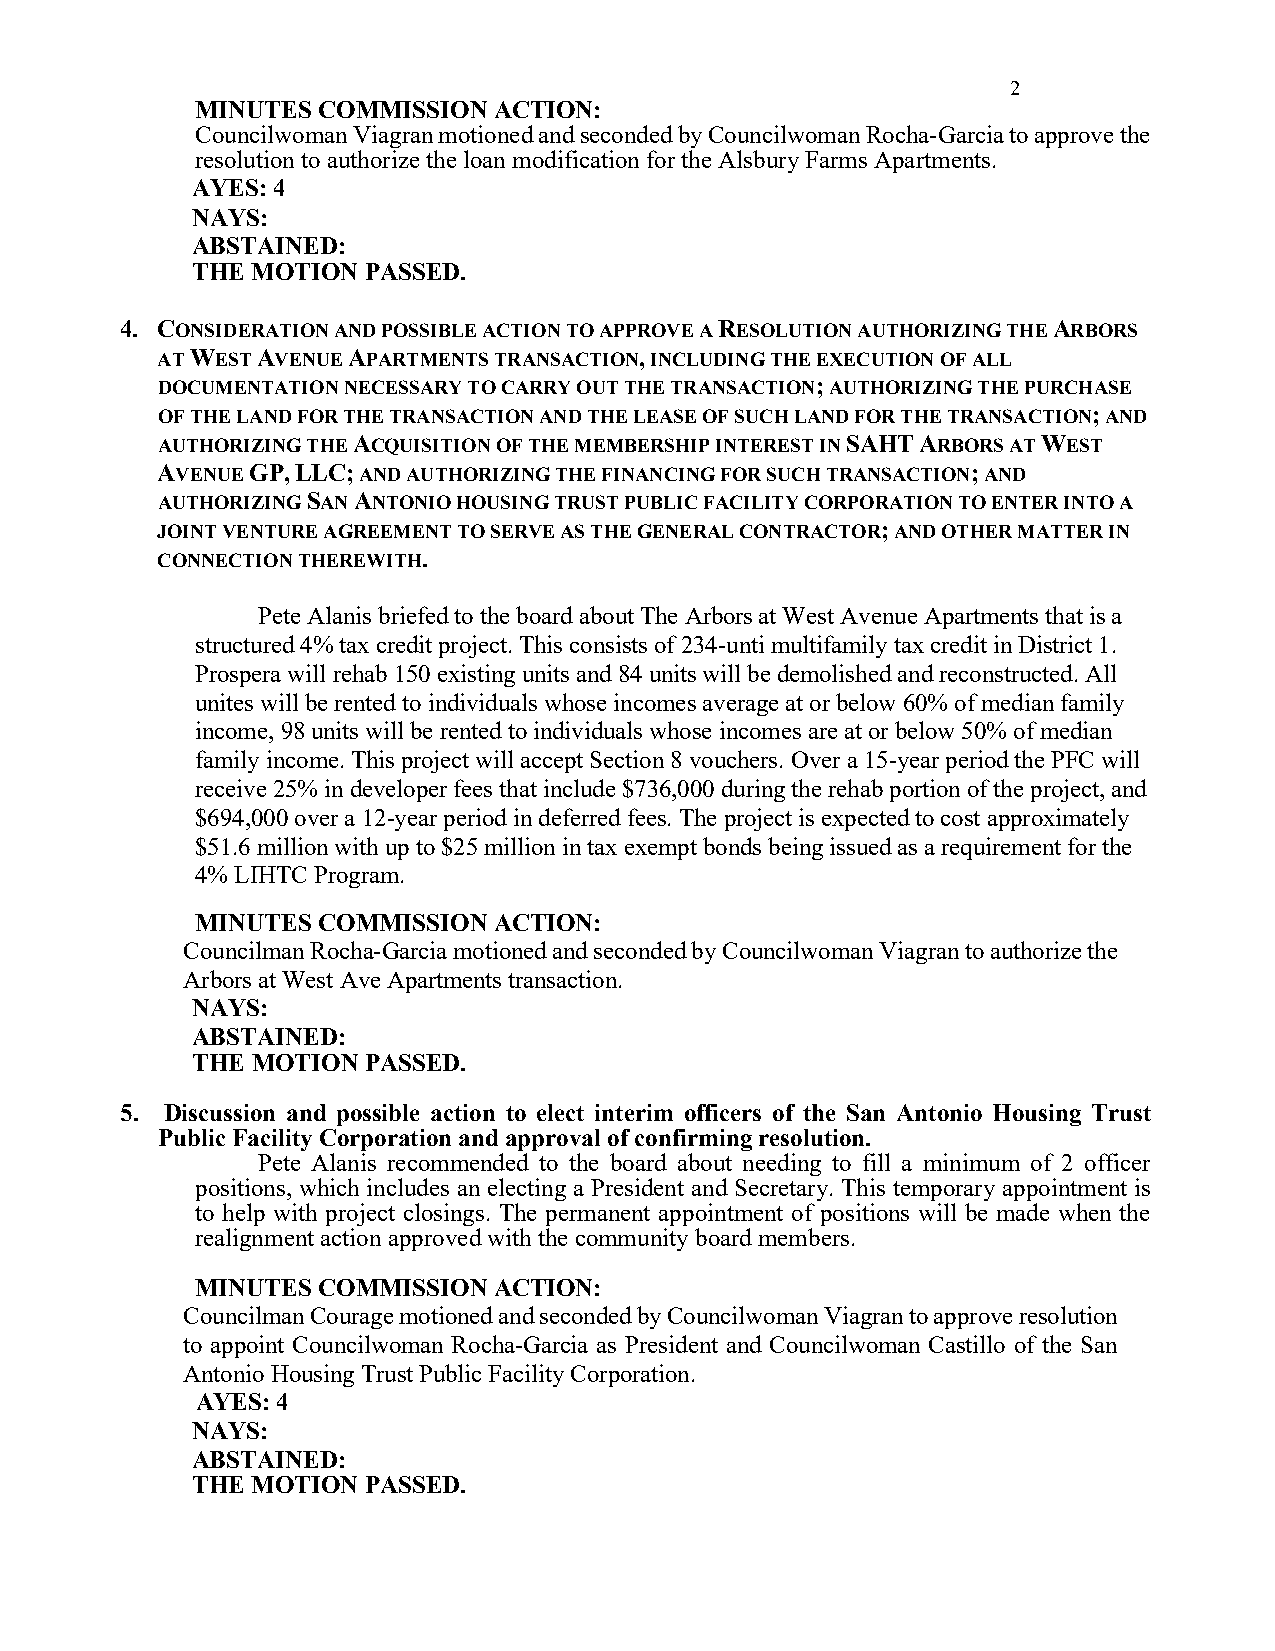
2
 MINUTES COMMISSION  ACTION:
 Councilwoman Viagran motioned and seconded by Councilwoman Rocha-Garcia to approve the
 resolution to authorize the loan modification for the Alsbury Farms Apartments.
 AYES: 4
 NAYS:
 ABSTAINED:
 THE MOTION PASSED.
 4. CONSIDERATION AND POSSIBLE ACTION TO APPROVE A RESOLUTION AUTHORIZING THE ARBORS
 AT WEST AVENUE APARTMENTS TRANSACTION, INCLUDING THE EXECUTION OF ALL
 DOCUMENTATION NECESSARY TO CARRY OUT THE TRANSACTION; AUTHORIZING THE PURCHASE
 OF THE LAND FOR THE TRANSACTION AND THE LEASE OF SUCH LAND FOR THE TRANSACTION; AND
 AUTHORIZING THE ACQUISITION OF THE MEMBERSHIP INTEREST IN SAHT ARBORS AT WEST
 AVENUE GP, LLC; AND AUTHORIZING THE FINANCING FOR SUCH TRANSACTION; AND
 AUTHORIZING SAN ANTONIO HOUSING TRUST PUBLIC FACILITY CORPORATION TO ENTER INTO A
 JOINT VENTURE AGREEMENT TO SERVE AS THE GENERAL CONTRACTOR; AND OTHER MATTER IN
 CONNECTION THEREWITH.
 Pete Alanis briefed to the board about The Arbors at West Avenue Apartments that is a
 structured 4% tax credit project. This consists of 234-unti multifamily tax credit in District 1.
 Prospera will rehab 150 existing units and 84 units will be demolished and reconstructed. All
 unites will be rented to individuals whose incomes average at or below 60% of median family
 income, 98 units will be rented to individuals whose incomes are at or below 50% of median
 family income. This project will accept Section 8 vouchers. Over a 15-year period the PFC will
 receive 25% in developer fees that include $736,000 during the rehab portion of the project, and
 $694,000 over a 12-year period in deferred fees. The project is expected to cost approximately
 $51.6 million with up to $25 million in tax exempt bonds being issued as a requirement for the
 4% LIHTC Program.
 MINUTES COMMISSION  ACTION:
 Councilman Rocha-Garcia motioned and seconded by Councilwoman Viagran to authorize the
 Arbors at West Ave Apartments transaction.
 NAYS:
 ABSTAINED:
 THE MOTION PASSED.
 5. Discussion and possible action to elect interim officers of the San Antonio Housing Trust
 Public Facility Corporation and approval of confirming resolution.
 Pete Alanis recommended to the board about needing to fill a minimum of 2 officer
 positions, which includes an electing a President and Secretary. This temporary appointment is
 to help with project closings. The permanent appointment of positions will be made when the
 realignment action approved with the community board members.
 MINUTES COMMISSION  ACTION:
 Councilman Courage motioned and seconded by Councilwoman Viagran to approve resolution
 to appoint Councilwoman Rocha-Garcia as President and Councilwoman Castillo of the San
 Antonio Housing Trust Public Facility Corporation.
 AYES: 4
 NAYS:
 ABSTAINED:
 THE MOTION PASSED.